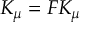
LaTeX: v ^ { 3 } = v \left( \frac { 1 } { g } - \frac { 1 } { g _ { \mathrm { c r } } } \right) \ ,